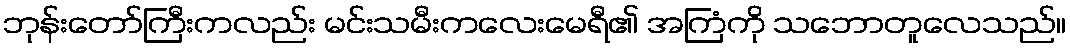
ဘုန်းတော်ကြီးကလည်း မင်းသမီးကလေးမေရီ၏ အကြံကို သဘောတူလေသည်။